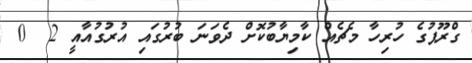
ގްރޫޕުގެ ހުރިހާ މެޗެއް ކާމިޔާބުކޮށް ދެވަނަ ބުރުގައި އުރުގުއާއީ 2  0